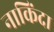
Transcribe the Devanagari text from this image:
नाकिंदा